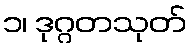
၁၊ ဒုဂ္ဂတသုတ်